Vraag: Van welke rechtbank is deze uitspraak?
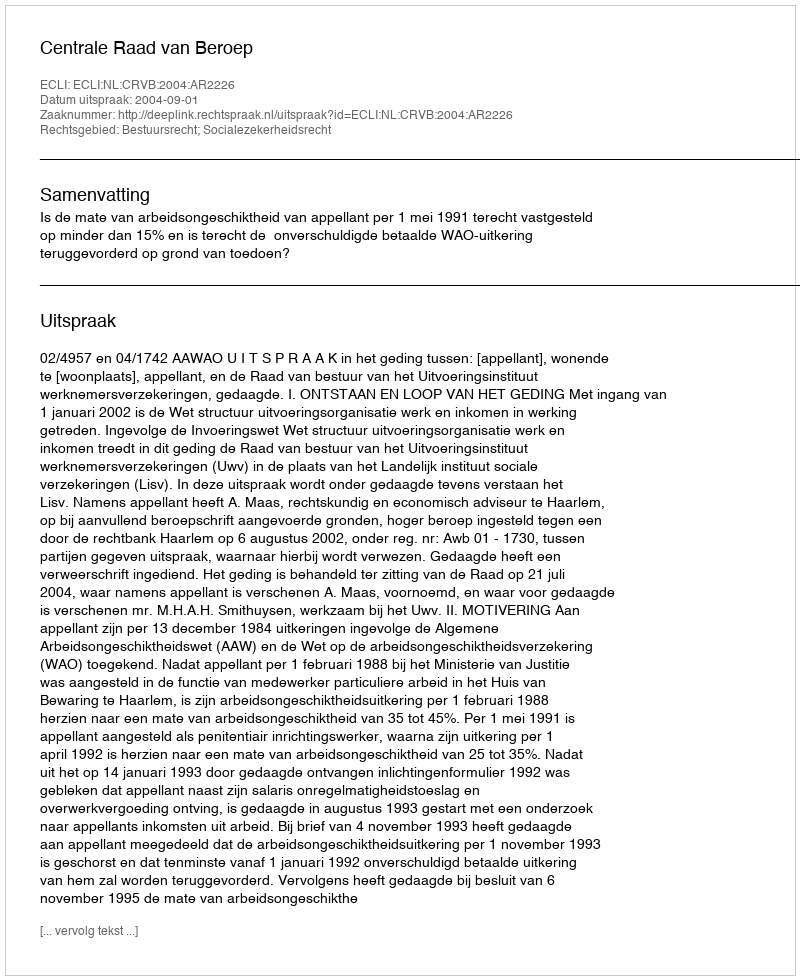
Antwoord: Centrale Raad van Beroep